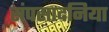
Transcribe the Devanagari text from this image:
संपसादनिया